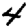
Digit: 4